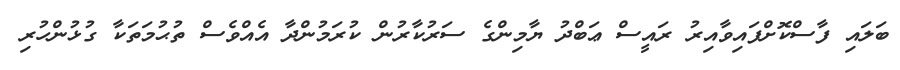
ބަލައި ފާސްކޮށްފައިވާއިރު ރައީސް ޢަބްދު ޔާމިންގެ ސަރުކާރުން ކުރަމުންދާ އެއްވެސް ތުޙުމަތަކާ ގުޅުންހުރި